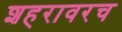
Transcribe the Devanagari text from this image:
शहरावरच